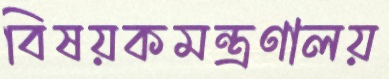
বিষয়কমন্ত্রণালয়